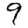
Digit: 9